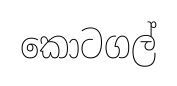
කොටගල්